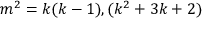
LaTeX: m ^ { 2 } = k ( k - 1 ) , ( k ^ { 2 } + 3 k + 2 )